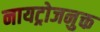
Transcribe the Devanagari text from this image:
नायट्रोजनुक्त